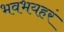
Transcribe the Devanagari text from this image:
भवभयहरं